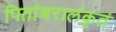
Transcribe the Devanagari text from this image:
पितांबरालंकृतं